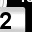
Digit: 2